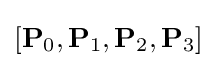
[\mathbf {P} _{0},\mathbf {P} _{1},\mathbf {P} _{2},\mathbf {P} _{3}]